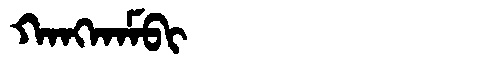
Manchu: ᡴᠠᠩᡴᠠᠮᠪᡳ
Romanization: KANGKAMBI